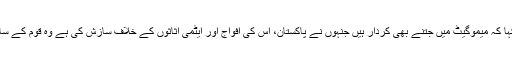
نواز شریف نے کہا کہ میموگیٹ میں جتنے بھی کردار ہیں جنہوں نے پاکستان، اس کی افواج اور ایٹمی اثاثوں کے خلاف سازش کی ہے وہ قوم کے سامنے آنے چاہیئں۔